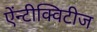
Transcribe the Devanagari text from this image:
ऐंन्टीक्विटीज